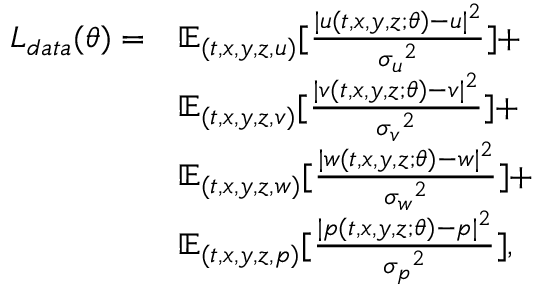
\begin{array} { r l } { L _ { d a t a } ( \theta ) = } & { \mathbb { E } _ { ( t , x , y , z , u ) } [ \frac { | { u } ( t , x , y , z ; \theta ) - { u } | ^ { 2 } } { { \sigma _ { u } } ^ { 2 } } ] + } \\ & { \mathbb { E } _ { ( t , x , y , z , v ) } [ \frac { | { v } ( t , x , y , z ; \theta ) - { v } | ^ { 2 } } { { \sigma _ { v } } ^ { 2 } } ] + } \\ & { \mathbb { E } _ { ( t , x , y , z , w ) } [ \frac { | { w } ( t , x , y , z ; \theta ) - { w } | ^ { 2 } } { { \sigma _ { w } } ^ { 2 } } ] + } \\ & { \mathbb { E } _ { ( t , x , y , z , p ) } [ \frac { | { p } ( t , x , y , z ; \theta ) - { p } | ^ { 2 } } { { \sigma _ { p } } ^ { 2 } } ] , } \end{array}